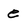
Character: e